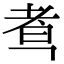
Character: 䎞